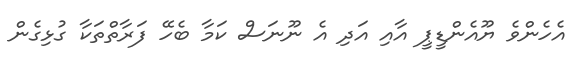
އެހެންވެ ޔޫއެންޑީޕީ އާއި އަދި އެ ނޫނަސް ކަމާ ބެހޭ ފަރާތްތަކާ ގުޅިގެން